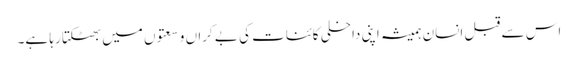
اس سے قبل انسان ہمیشہ اپنی داخلی کائنات کی بے کراں وسعتوں میں بھٹکتا رہا ہے۔